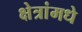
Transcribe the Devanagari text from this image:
क्षेत्रांमधे